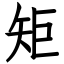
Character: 矩